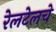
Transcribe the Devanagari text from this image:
रेलटेलचे